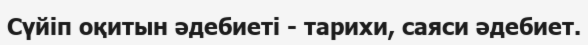
Сүйіп оқитын әдебиеті - тарихи, саяси әдебиет.